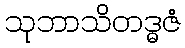
သုဘာသိတဒ္ဓဇံ